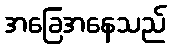
အခြေအနေသည်